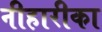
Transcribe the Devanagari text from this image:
नीहारीका